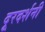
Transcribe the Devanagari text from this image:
दूरदर्शनी